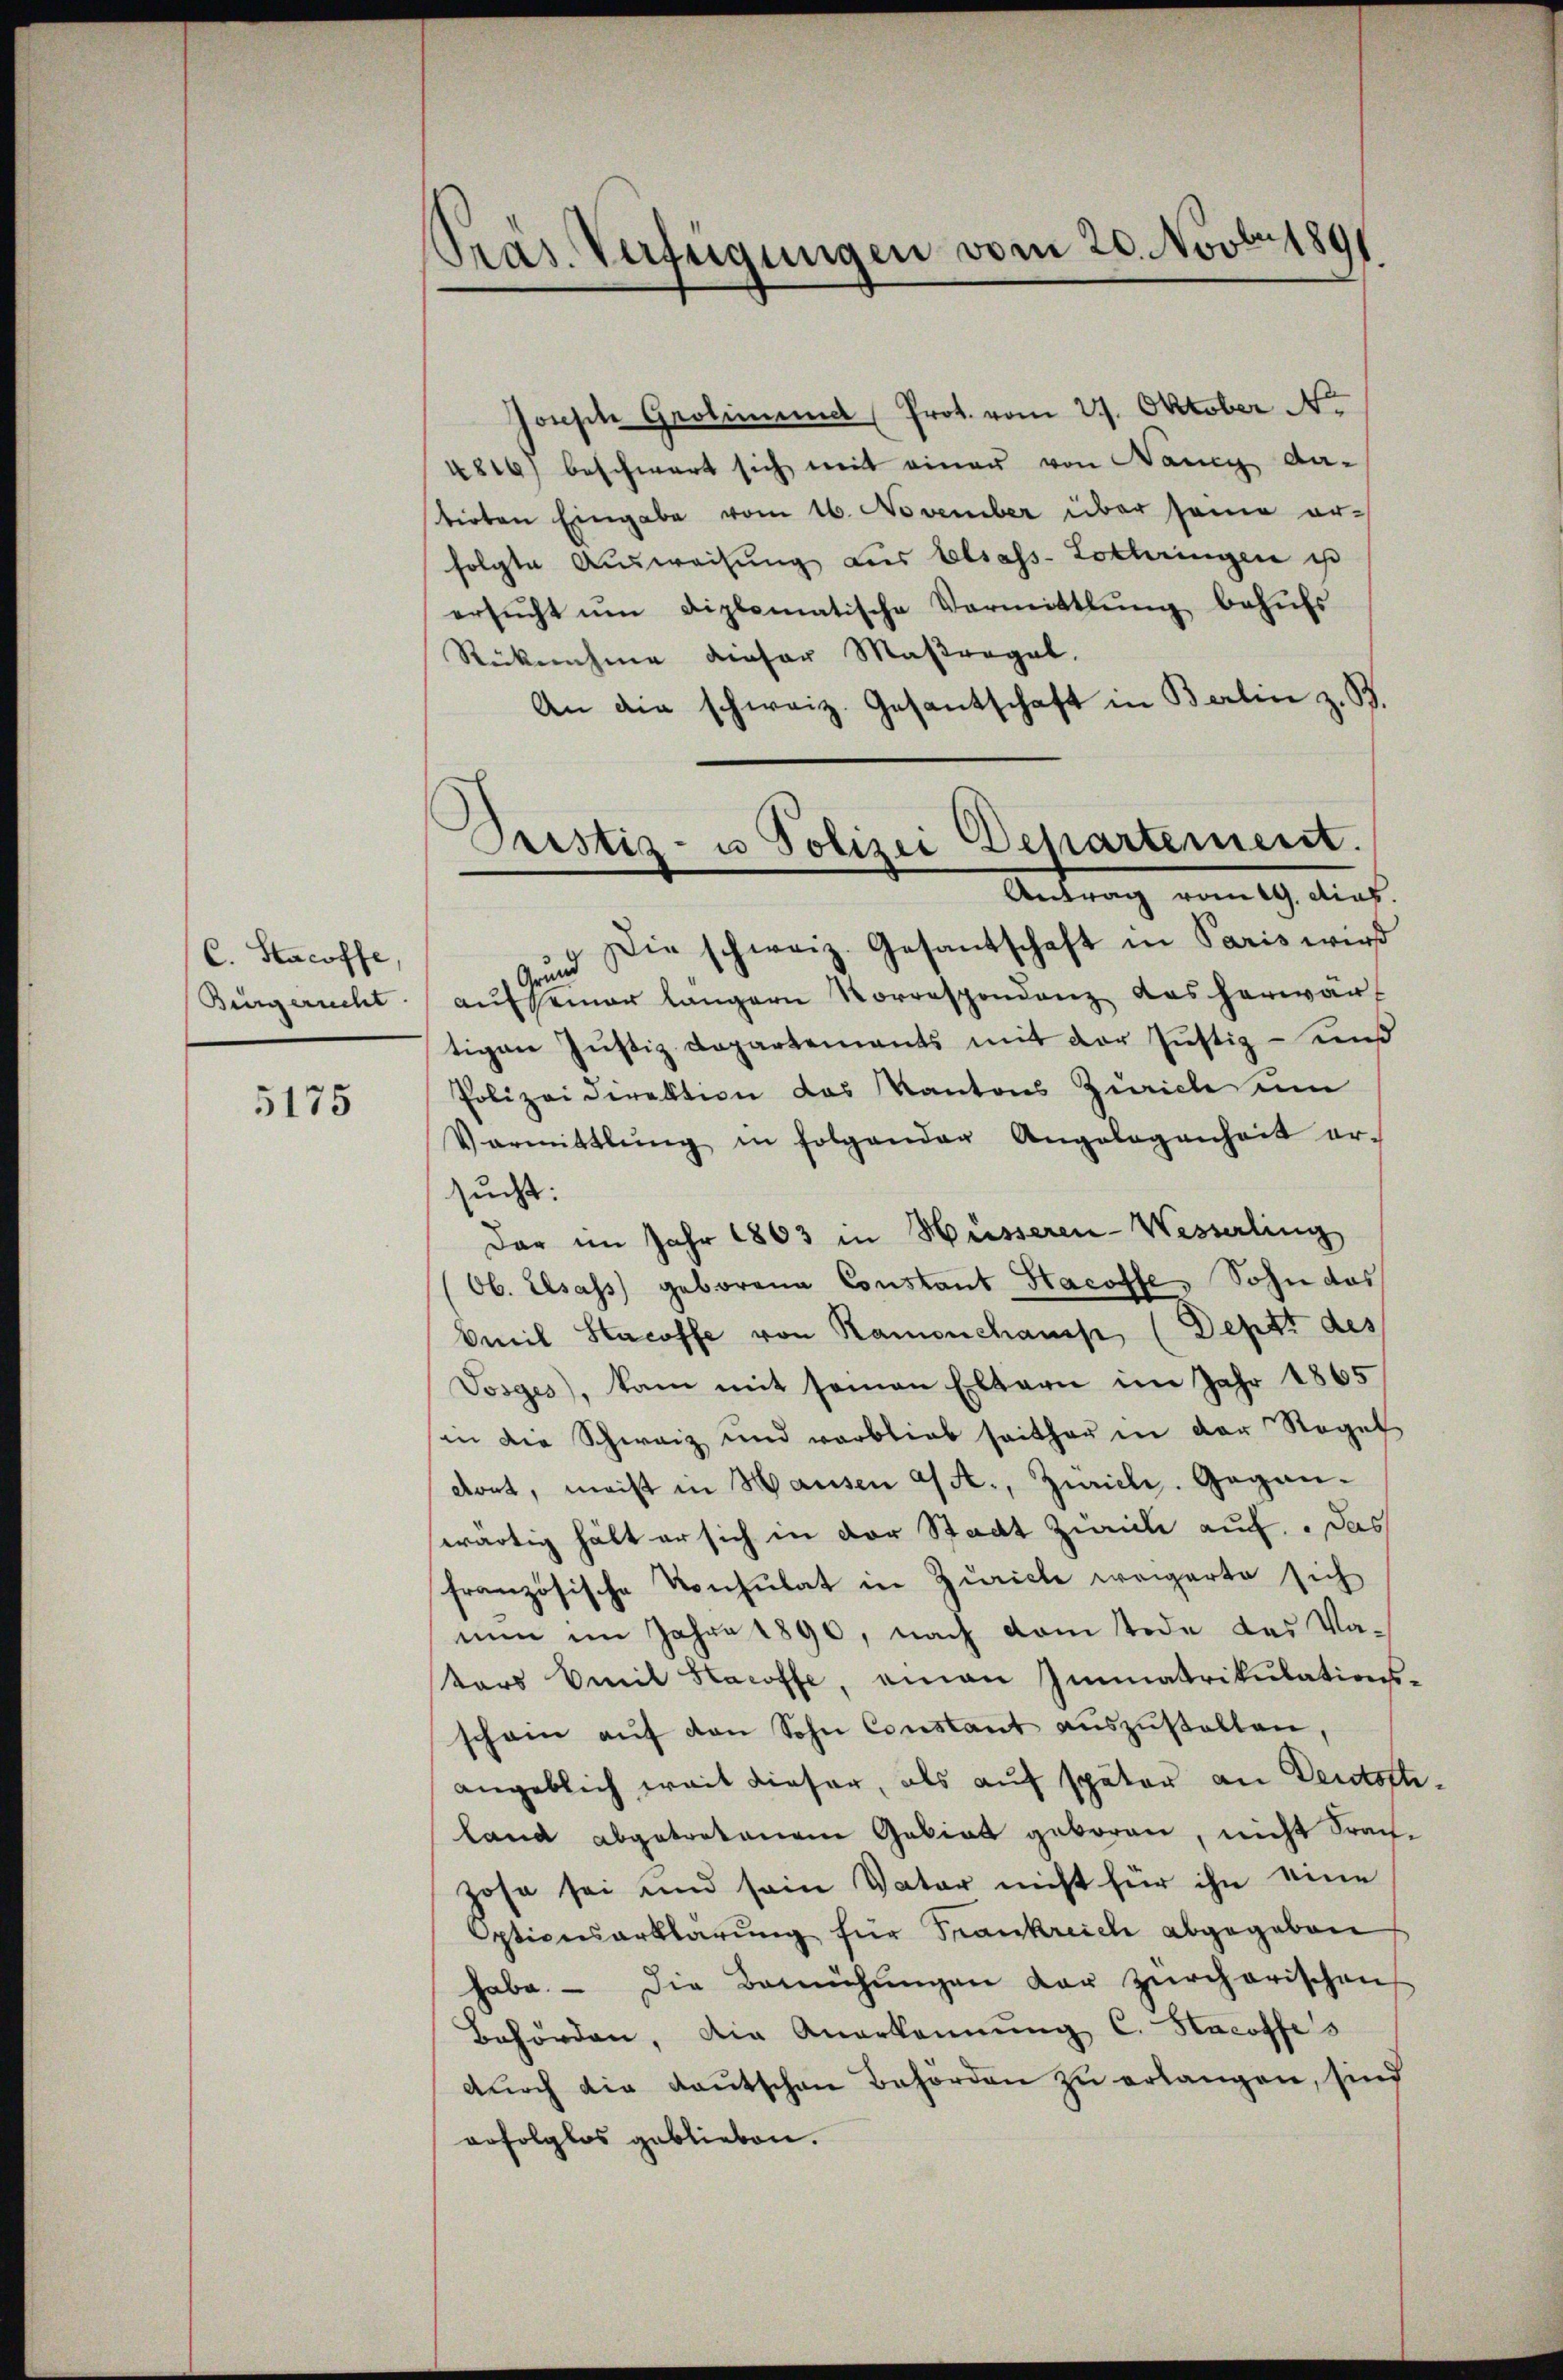
C. Stacoffe
Bürgericht

5175

Präs. Verfügungen vom 20. Novbr. 1891

Joseph Grotimund (Prot. vom 27. Oktober No
4816) beschwert sich mit einer von Nancy datirten Eingabe vom 16. November über seine er-
folgte Aŭsweisŭng aus Elsass-Lothringen ist
ersŭcht ŭm diplomatische Vermittlung behŭfs
Rücknahme dieser Maßregel.
An die schweiz. Gesantschaft in Berlin z. B.
zund die schweiz. Gesantschaft in Paris wird
aŭf seiner längern Vorrespondenz das herwan
tigen Justizdepartements mit der Justiz- und
Polizeidirektion das Kantons Zürich um
Varmittlung in folgender Angelegenheit er-
us:
Dar im Jahr 1863 in Hüsseren-Wesserling
Ob. Elsass geborene Constant Hacoffe. Sohn das
Amil Stacoffe von Ramonchamp, (Deptz des
Vosges, kam mit seinen Eltern im Jahr 1865
in die Schweiz und verblieb seither in der Regel
dort, meist in Hausen a/A., Zürich. Gegenwärtig hält er sich in der Stadt Zürich auf. Das
französische Konsulat in Zuricle weigerte sich
nun im Jahre 1890, nach dem Tode des Va-
tors mit Stacoffe, einen Immatrikulations-
scham aŭf den Sohn Constant aŭszŭstalten,
angeblich weit dieser, als auf später an Deutoftiland abgetretenen Gebiet geboren, nicht Fraczosa sei und sein Vater nicht für ihn eine
Optionserklärŭng für Frankreich abgegeben
habe. - Die Bemühŭngen der zürcherischen
Behörden, die Anerkennung C. Stacoffes
durch die Kautschen Behörden zu erlangen, sind
erfolglos geblieben.

Pristiz- u Polizei Departement.
Antrag vom 19. dies